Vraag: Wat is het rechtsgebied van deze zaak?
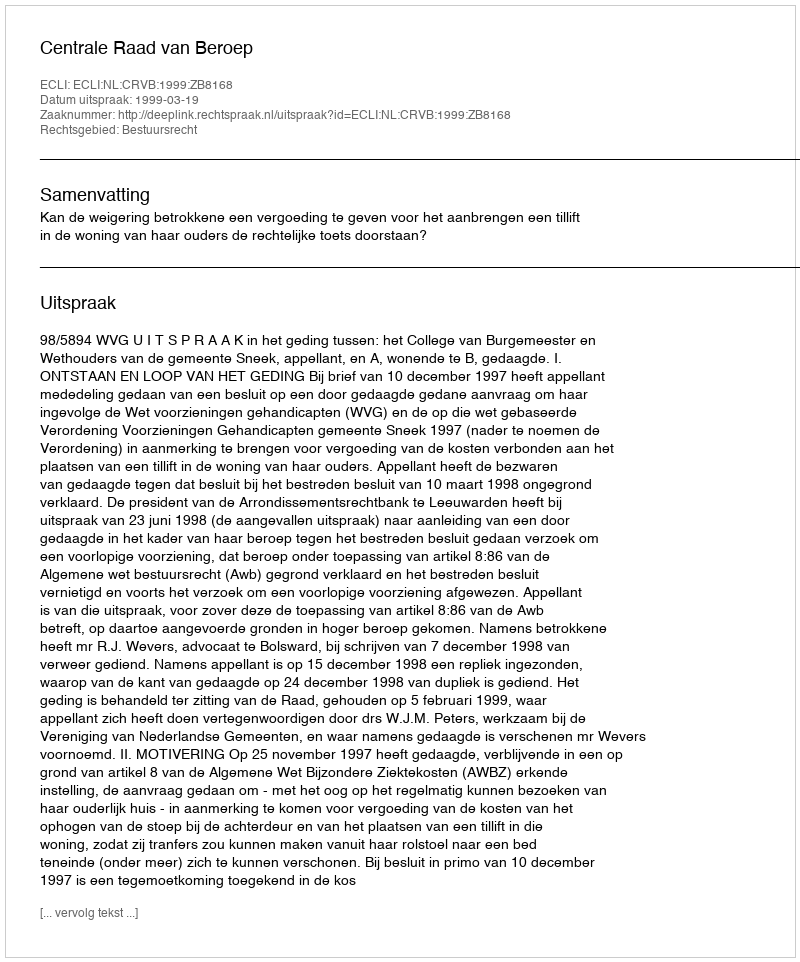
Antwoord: Bestuursrecht